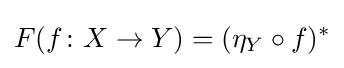
F(f\colon X\to Y)=(\eta _{Y}\circ f)^{*}